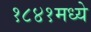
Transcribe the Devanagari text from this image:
१८४१मध्ये